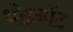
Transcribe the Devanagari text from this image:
थोइनॉट